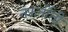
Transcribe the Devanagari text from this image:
नफ़र्तीती